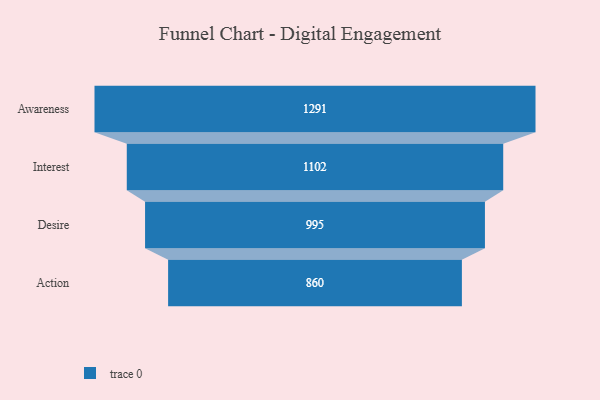
{"axis": {"x": "Stage", "y": "Value"}, "legend": [""], "data": [{"x": "Awareness", "y": 1291.0, "type": ""}, {"x": "Interest", "y": 1102.0, "type": ""}, {"x": "Desire", "y": 995.0, "type": ""}, {"x": "Action", "y": 860.0, "type": ""}]}